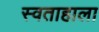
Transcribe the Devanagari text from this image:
स्वताहाला